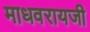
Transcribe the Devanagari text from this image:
माधवरायजी